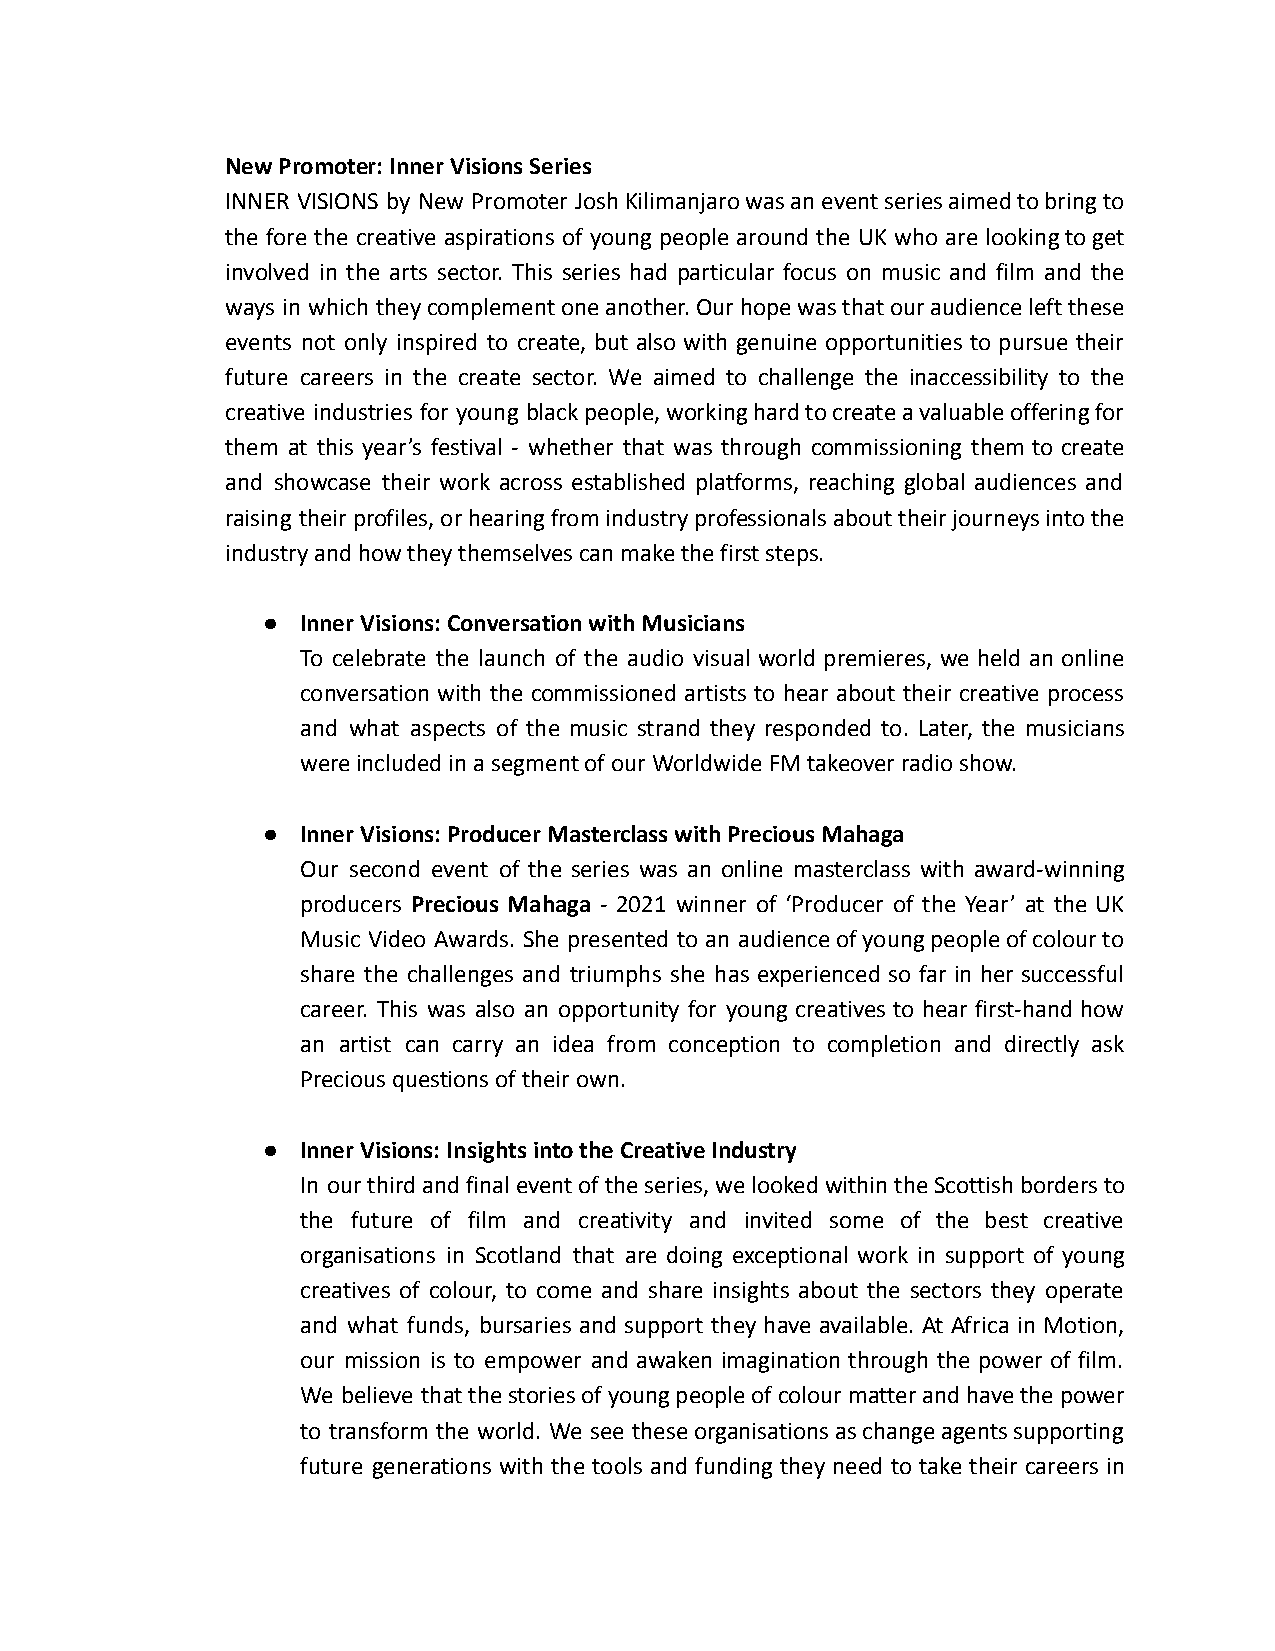
New Promoter: Inner Visions Series
 INNER VISIONS by New Promoter JoshKilimanjarowasaneventseriesaimedtobringto
 the fore the creative aspirations of young people around the UK who are lookingtoget
 involved in the arts sector. This series had particular focus on music and film and the
 ways in which theycomplementoneanother.Ourhopewasthatouraudienceleftthese
 events not only inspired to create, but also with genuine opportunities to pursue their
 future careers in the create sector. We aimed to challenge the inaccessibility to the
 creative industries for young blackpeople,workinghardtocreateavaluableofferingfor
 them at this year’s festival - whether that was through commissioning them to create
 and showcase their work across established platforms, reaching global audiences and
 raising theirprofiles,orhearingfromindustryprofessionalsabouttheirjourneysintothe
 industry and how they themselves can make the first steps.
 ●  Inner Visions: Conversation with Musicians
 To celebrate the launch of the audio visual world premieres, we held an online
 conversation with the commissioned artists to hear about their creative process
 and what aspects of the music strand they responded to. Later, the musicians
 were included in a segment of our Worldwide FM takeover radio show.
 ●  Inner Visions: Producer Masterclass with Precious Mahaga
 Our second event of the series was an online masterclass with award-winning
 producers Precious Mahaga - 2021 winner of ‘Producer of the Year’ at the UK
 Music Video Awards. She presented to an audienceofyoungpeopleofcolourto
 share the challenges and triumphs she has experienced so far in her successful
 career. This was also an opportunity for young creatives to hear first-hand how
 an artist can carry an idea from conception to completion and directly ask
 Precious questions of their own.
 ●  Inner Visions: Insights into the Creative Industry
 In ourthirdandfinaleventoftheseries,welookedwithintheScottishbordersto
 the future of film and creativity and invited some of the best creative
 organisations in Scotland that are doing exceptional work in support of young
 creatives of colour, to come and share insights about the sectors they operate
 and what funds, bursaries and support they have available. At Africa in Motion,
 our mission is to empower and awaken imagination through the power of film.
 We believe thatthestoriesofyoungpeopleofcolourmatterandhavethepower
 to transform the world. We see theseorganisationsaschangeagentssupporting
 future generations with the tools and funding they need to take their careers in